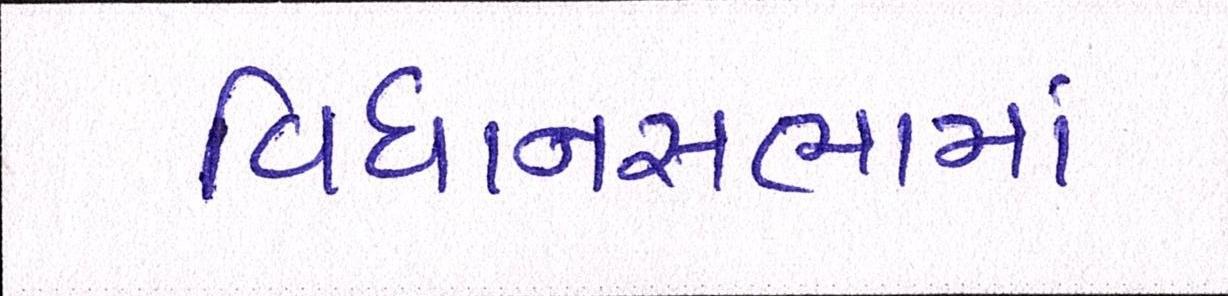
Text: વિધાનસભામાં